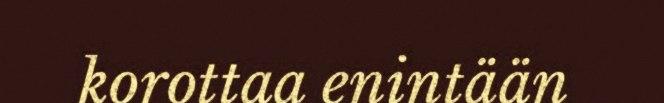
korottaa enintään